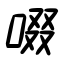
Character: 啜